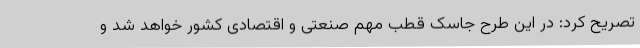
تصریح کرد: در این طرح جاسک قطب مهم صنعتی و اقتصادی کشور خواهد شد و